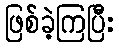
ဖြစ်ခဲ့ကြပြီး